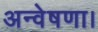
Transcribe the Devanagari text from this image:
अन्वेषणा।